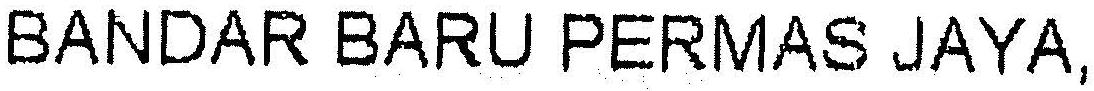
BANDAR BARU PERMAS JAYA,